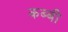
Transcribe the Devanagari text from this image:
कब्बी